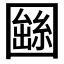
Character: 𡈫